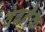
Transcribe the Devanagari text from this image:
वेबनैक